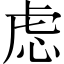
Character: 虑